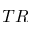
T R